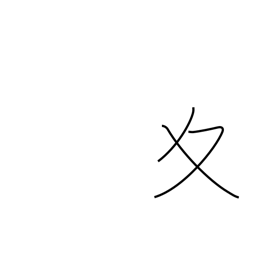
Meaning: winter variant radical (no. 34)